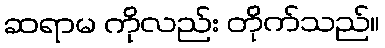
ဆရာမ ကိုလည်း တိုက်သည်။